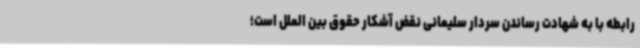
رابطه با به شهادت رساندن سردار سلیمانی نقض آشکار حقوق بین الملل است؛